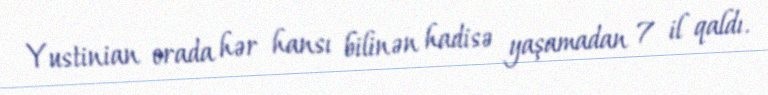
Yustinian orada hər hansı bilinən hadisə yaşamadan 7 il qaldı.